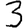
Digit: 3